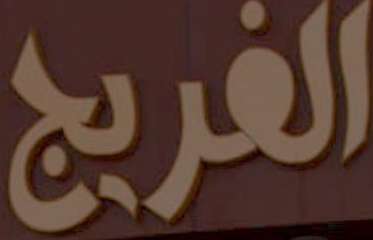
الفريج